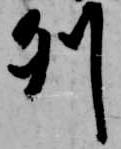
列